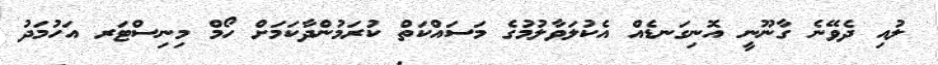
ލުއި ދެވޭނެ ގާނޫނީ އޮނިގަނޑެއް އެކުލަވާލުމުގެ މަސައްކަތް ކުރަމުންދާކަމަށް ހޯމް މިނިސްޓަރ އަހުމަދު